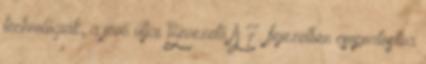
technológiák, a jövő útjai Bevezető A 7. fejezetben csoportosítva